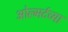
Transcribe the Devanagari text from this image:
ओल्मर्टच्या